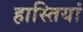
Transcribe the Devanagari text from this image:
हास्तियां